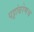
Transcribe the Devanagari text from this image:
पट्टांबरेणच